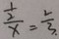
\frac { \frac { 1 } { 2 } } { x } = \frac { 2 } { 3 . }